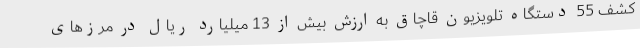
کشف 55 دستگاه تلویزیون قاچاق به ارزش بیش از 13 میلیارد ریال در مرزهای